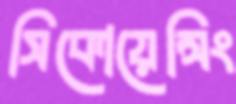
সিকোয়েন্সিং